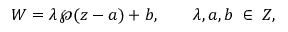
W = \lambda \, \wp ( z - a ) + b , \qquad \lambda , a , b \; \in \; { \cal Z } ,